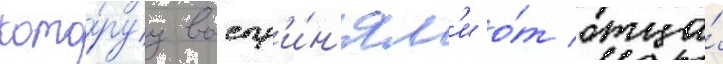
кото́руу воспр'и́н'ял'и о́т отца́